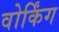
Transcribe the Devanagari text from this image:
वोर्किंग